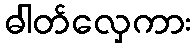
ဓါတ်လှေကား